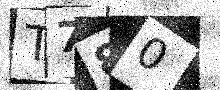
Text: T780